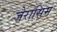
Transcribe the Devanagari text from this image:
जेरासिम